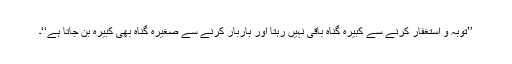
’’توبہ و استغفار کرنے سے کبیرہ گناہ باقی نہیں رہتا اور باربار کرنے سے صغیرہ گناہ بھی کبیرہ بن جاتا ہے‘‘۔